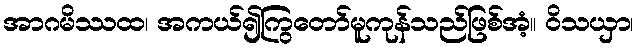
အာဂမိဿထ၊ အကယ်၍ကြွတော်မူကုန်သည်ဖြစ်အံ့။ ဝိသယှာ၊